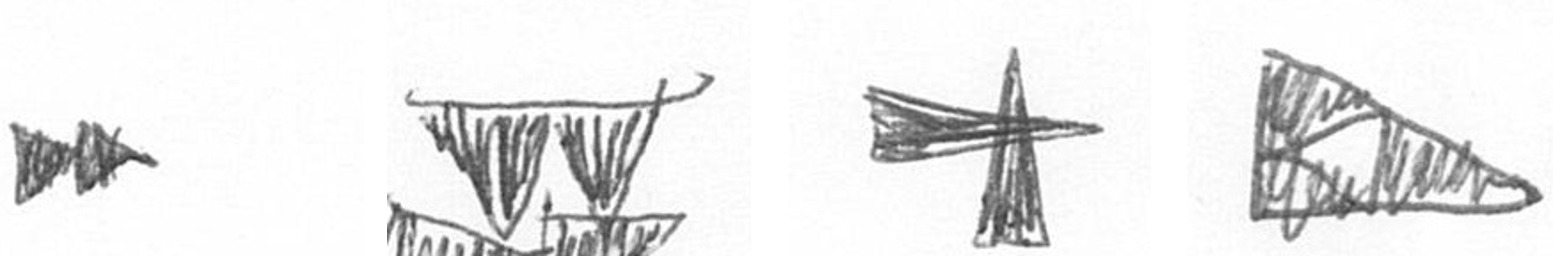
A B G K